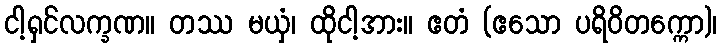
ငါ့ရှင်လက္ခဏ။ တဿ မယှံ၊ ထိုငါ့အား။ ဧတံ (ဧသော ပရိဝိတက္ကော)၊